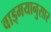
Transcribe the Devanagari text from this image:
वाड्मयानुसार